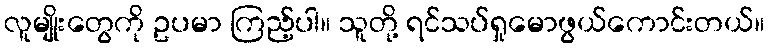
လူမျိုးတွေကို ဥပမာ ကြည့်ပါ။ သူတို့ ရင်သပ်ရှုမောဖွယ်ကောင်းတယ်။